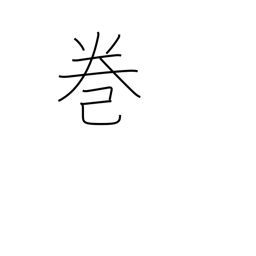
Meaning: book